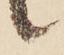
候